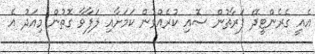
އެއީ ގެރެންޓީދޭ ފަރާތުން ސޮއި ކުރެއްވުން ކަމަށާއި ލަފާވާ ގޮތުން މިއަދު އެ